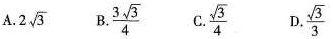
A. 2 \sqrt{3} B. \frac{3 \sqrt{3}}{4} C. \frac{ \sqrt{3}}{4} D. \frac{ \sqrt{3}}{3}